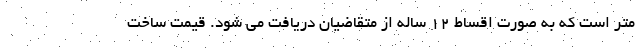
متر است که به صورت اقساط ۱۲ ساله از متقاضیان دریافت می شود. قیمت ساخت